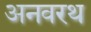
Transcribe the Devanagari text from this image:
अनवरथ